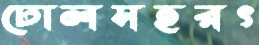
ঢোলসহরৎ